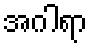
အဂါရာ